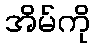
အိမ်ကို